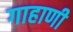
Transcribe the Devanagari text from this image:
गाहाणी